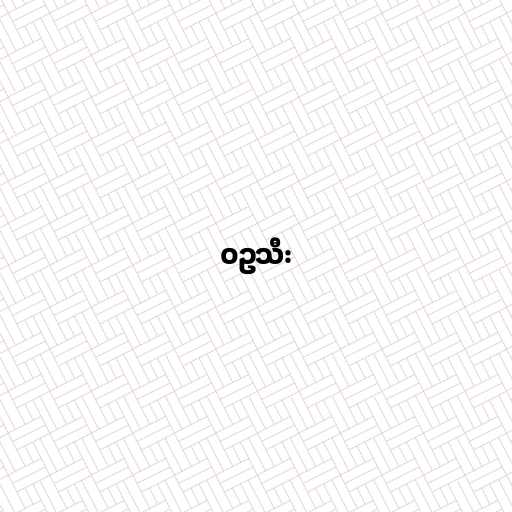
ဝဥသီး